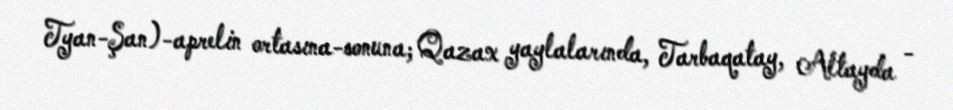
Tyan-Şan)-aprelin ortasına-sonuna; Qazax yaylalarında, Tarbaqatay, Altayda -